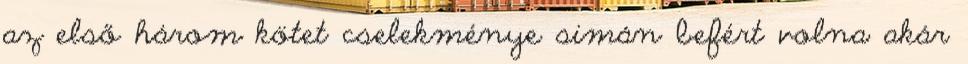
az első három kötet cselekménye simán befért volna akár